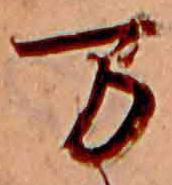
万